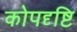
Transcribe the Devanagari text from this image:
कोपदृष्टि